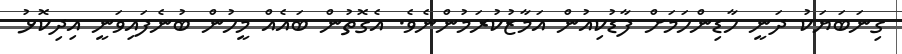
ގިނަބަޔަކު ދަނީ ހާޑިންހަމަށް ފާޑުކިއުން އަމާޒުކުރަމުންނެވެ. އެގޮތުން ބައެއް މީހުން ބުނެފައިވަނީ އިދިކޮޅު